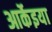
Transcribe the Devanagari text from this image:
आर्केइया